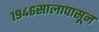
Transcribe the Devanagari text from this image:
१९४६सालापासून